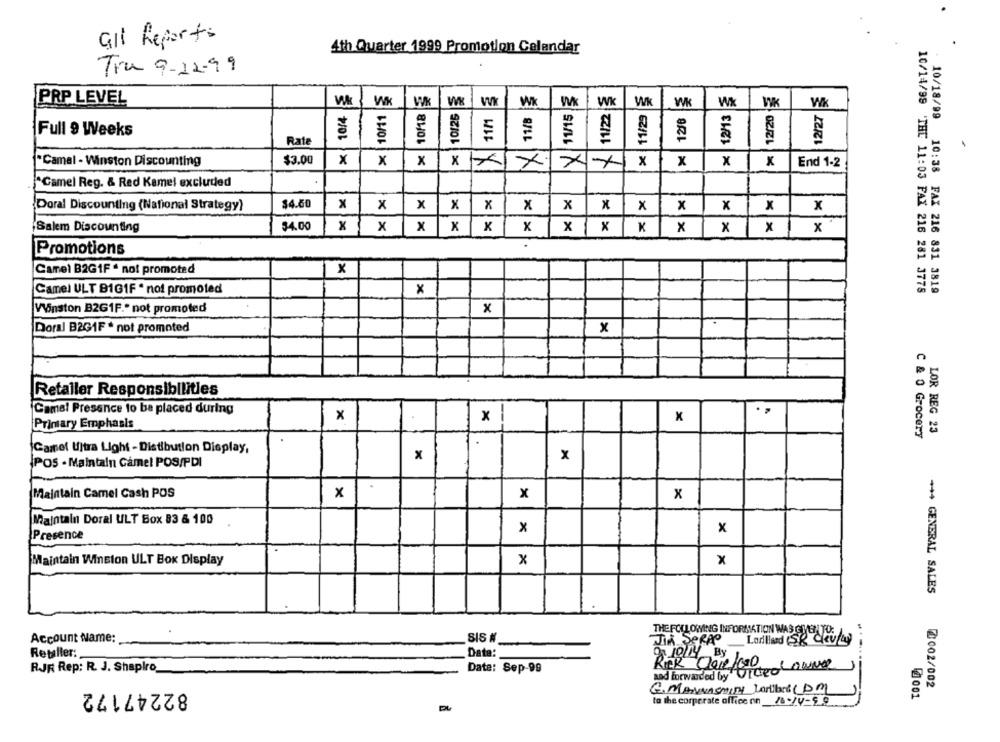
Gil Reports
4th Quarter 1999 Promotion Calendar
Tru 9-12-99
10/4
12/27
PRP LEVEL
WK
WK
WK
WK
11/22
Wk
WK
Wx
WK
Wk
10/11
10126
1M1
11/B
11/15
11/29
12/8
12/13
12/20
10/18/99
Full 9 Weeks
Rate
1
"Camal - Winston Discounting
$3.00
x
x
x
x
x
x
x
X
End 1-2
xxx
"Camel Reg. & Red Kamel excluded
X
Doral Discounting (National Strategy)
$4.60
x
x
x
x
x
x
x
x
x
x
x
Salem Discounting
$4.00
x
x
x
x |X
x
x
X K
x
x
x
x
Promotions
Camel B2G1F * not promoted
x
Camel ULT B1G1F * not promoted
10/14/99 'THC 11:03 FAX 216 281 3778
10:38 FAX 216 831 3819
x
Winston B2G1F." not promoted
x
Doral B2G1F * not promoted
x
Retaller Responsibilities
Camel Presence to be placed during
x
Primary Emphasis
x
x
LOR REG 23
C & 0 Grocery
Camel Ultra Light - Distibution Display,
x
x
POS - Maintain Camel POS/PDI
Maintain Camel Cash POS
x
x
x
Maintain Doral ULT Box 83 & 100
x
x
Presence
Maintain Winston ULT Box Display
x
x
** 4 GENERAL SALES
THE FOLLOWING INFORMATION WAS GIVEN TO:
Account Name:
SIS #
Lorland (SR Clev/L)
Retailler:
Date:
RJR Rep: R. J. Shapiro
Date: Sep-99
RER Claire
82247172
G. MANwasminy Carlos (DM)
2002/002
0001
to the corporate office on
DL